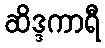
ဆိဒ္ဒကာရီ